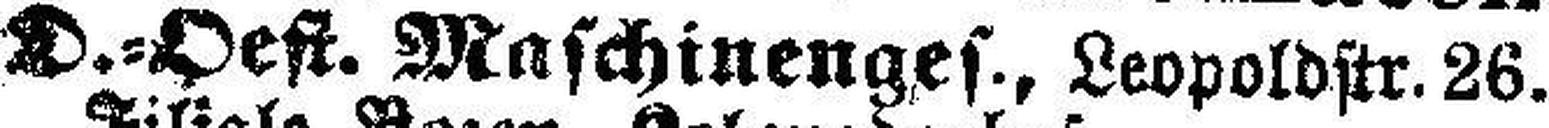
D.=Oest. Maschinenges., Leopoldstr. 26.